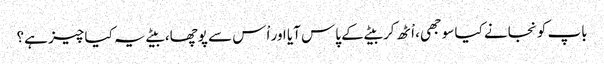
باپ کو نجانے کیا سوجھی، اْٹھ کر بیٹے کے پاس آیا اور اْس سے پوچھا، بیٹے یہ کیا چیز ہے؟